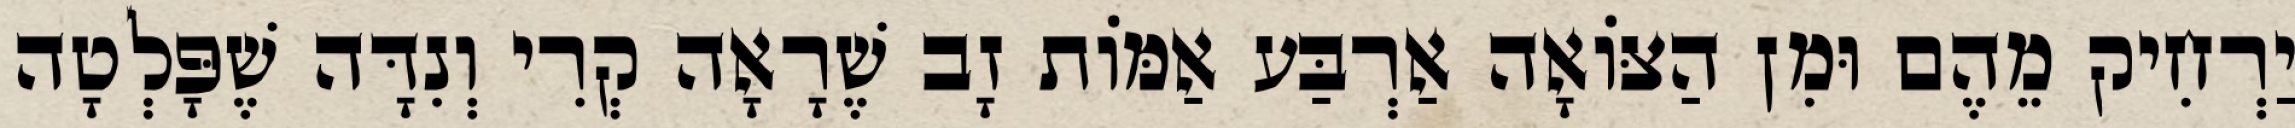
יַרְחִיק מֵהֶם וּמִן הַצּוֹאָה אַרְבַּע אַמּוֹת זָב שֶׁרָאָה קְרִי וְנִדָּה שֶׁפָּלְטָה